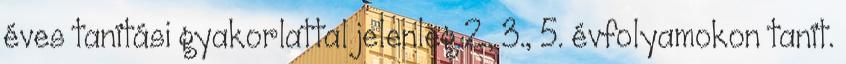
éves tanítási gyakorlattal jelenleg 2., 3., 5. évfolyamokon tanít.